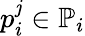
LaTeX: p_{i}^{\mathit{j}}\in\mathbb{{P}}_{i}